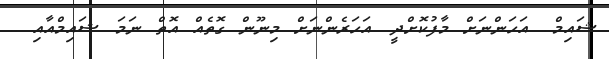
ޝައިމް.. އަހަންނަށް މާފުކޮށްދީ. އަހަރެންނަށް މިނޫން ގޮތެއް އޮތް ނަމަ ޝައިމްއާއި ..